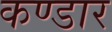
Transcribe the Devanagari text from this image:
कण्डार